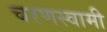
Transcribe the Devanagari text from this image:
चरणस्वामी